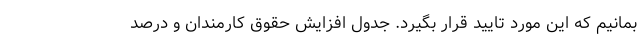
بمانیم که این مورد تایید قرار بگیرد. جدول افزایش حقوق کارمندان و درصد